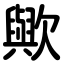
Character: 歟